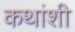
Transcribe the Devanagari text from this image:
कथांशी